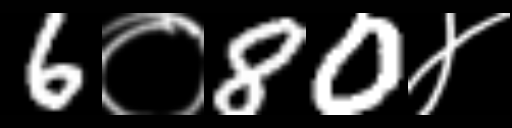
Text: 6०80४